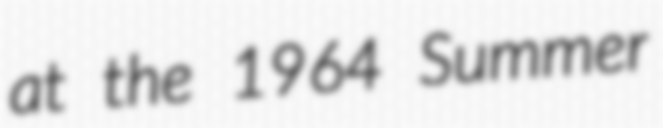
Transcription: at the 1964 Summer